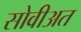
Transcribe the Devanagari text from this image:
सोवीअत